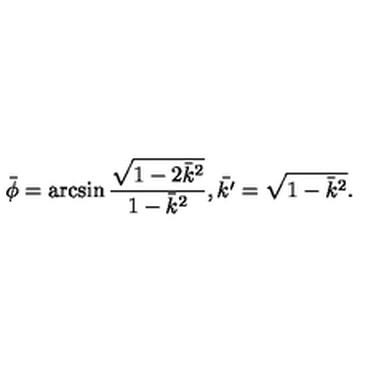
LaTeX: \bar { \phi } = \arcsin \frac { \sqrt { 1 - 2 \bar { k } ^ { 2 } } } { 1 - \bar { k } ^ { 2 } } , \bar { k ^ { \prime } } = \sqrt { 1 - \bar { k } ^ { 2 } } .